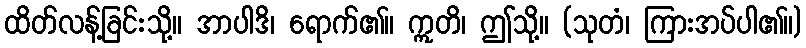
ထိတ်လန့်ခြင်းသို့။ အာပါဒိ၊ ရောက်၏။ ဣတိ၊ ဤသို့။ (သုတံ၊ ကြားအပ်ပါ၏။)